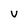
Character: v